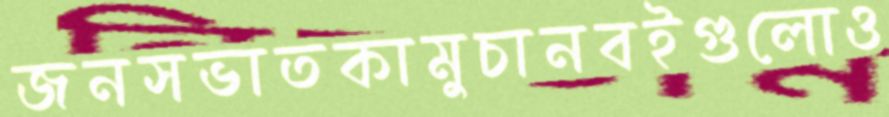
জনসভাতকামুচানবইগুলোও